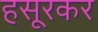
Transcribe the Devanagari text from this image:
हसूरकर